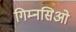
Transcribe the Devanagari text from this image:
गिम्नसिओ